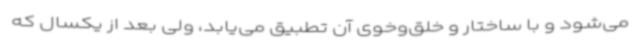
می‌شود و با ساختار و خلق‌وخوی آن تطبیق می‌یابد، ولی بعد از یکسال که